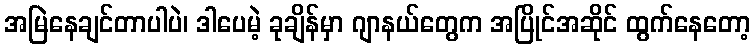
အမြဲနေချင်တာပါပဲ၊ ဒါပေမဲ့ ခုချိန်မှာ ဂျာနယ်တွေက အပြိုင်အဆိုင် ထွက်နေတော့